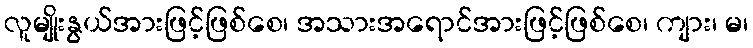
လူမျိုးနွယ်အားဖြင့်ဖြစ်စေ၊ အသားအရောင်အားဖြင့်ဖြစ်စေ၊ ကျား၊ မ၊